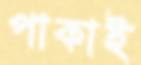
পাকাই